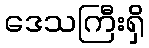
ဒေသကြီးရှိ